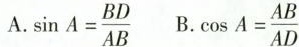
A. $$\sin A=\frac{BD}{AB}$$ B. $$\cos A=\frac{AB}{AD}$$